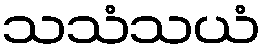
သသံသယံ